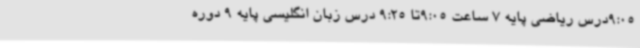
9:05درس ریاضی پایه 7 ساعت 9:05تا 9:25 درس زبان انگلیسی پایه 9 دوره